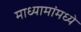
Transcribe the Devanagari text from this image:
माध्यामांमध्ये